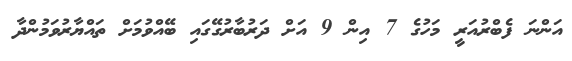
އަންނަ ފެބްރުއަރީ މަހުގެ 7 އިން 9 އަށް ދަރުބާރުގޭގައި ބޭއްވުމަށް ތައްޔާރުވަމުންދާ